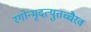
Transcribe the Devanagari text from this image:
रगोन्मृदत्युतच्चैरव